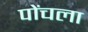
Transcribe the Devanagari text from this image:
पोंचला